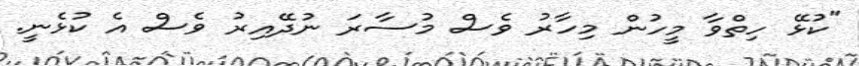
"ކުޅޭ ހިތްވާ މީހުން މިހާރު ވެސް މުސާރަ ނުދޭއިރު ވެސް އެ ކުޅެނީ.